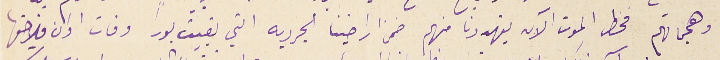
وهجماتهم فخطر الموت الآن يتهددنا منهم ضمن اراضينا الجردية التي بقيت بوراً وفات اوان فلاحتها